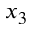
x _ { 3 }